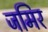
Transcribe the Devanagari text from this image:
जमिर